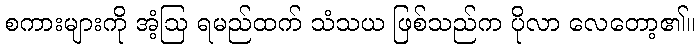
စကားများကို အံ့ဩ ရမည်ထက် သံသယ ဖြစ်သည်က ပိုလာ လေတော့၏။